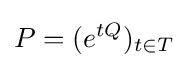
P=(e^{tQ})_{t\in T}